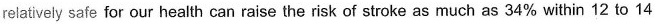
relatively safe for our health can raise the risk of stroke as much as 34% within 12 to 14